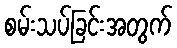
စမ်းသပ်ခြင်းအတွက်